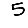
Digit: 5